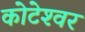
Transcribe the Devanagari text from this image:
कोटेश्‍वर